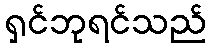
ရှင်ဘုရင်သည်